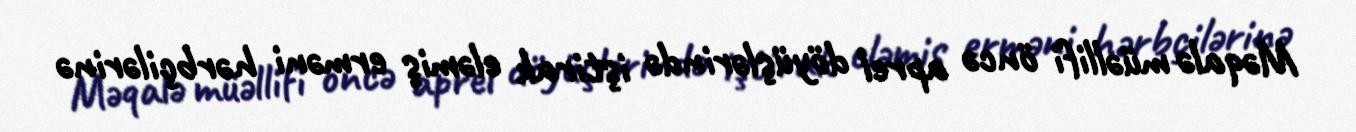
Məqalə müəllifi öncə aprel döyüşlərində iştirak eləmiş erməni hərbçilərinə